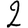
Digit: 2